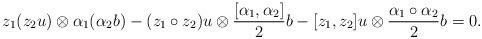
LaTeX: \begin{align*}z_{1}(z_{2}u)\otimes\alpha_{1}(\alpha_{2}b)-(z_{1}\circ z_{2})u\otimes\frac{[\alpha_{1},\alpha_{2}]}{2}b-[z_{1},z_{2}]u\otimes\frac{\alpha_{1}\circ\alpha_{2}}{2}b=0.\end{align*}